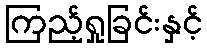
ကြည့်ရှုခြင်းနှင့်